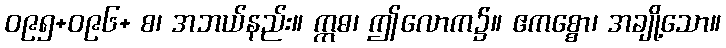
ဝ၉၅+ဝ၉၆+ စ၊ အဘယ်နည်း။ ဣဓ၊ ဤလောက၌။ ဧကစ္စော၊ အချို့သော။